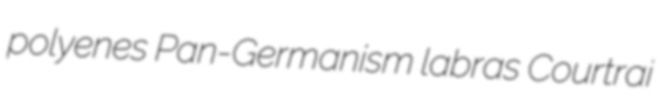
polyenes Pan-Germanism labras Courtrai